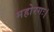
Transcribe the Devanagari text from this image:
महोरगः।